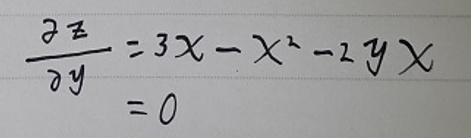
\[
\frac{\partial z}{\partial y}=3x - x^{2}-2yx = 0
\]